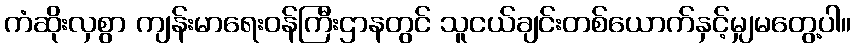
ကံဆိုးလှစွာ ကျန်းမာရေးဝန်ကြီးဌာနတွင် သူငယ်ချင်းတစ်ယောက်နှင့်မျှမတွေ့ပါ။